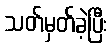
သတ်မှတ်ခဲ့ပြီး